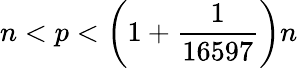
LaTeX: n<p<\left(1+{\frac{1}{16597}}\right)n